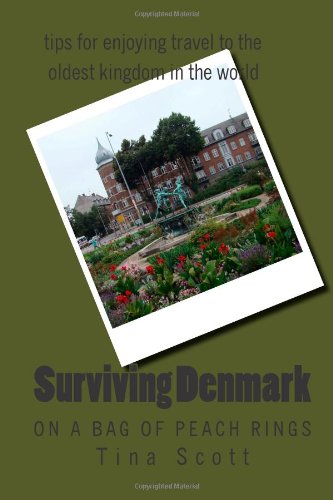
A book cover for Surviving Denmark on a bag of peach rings: and tips for enjoying travel to the oldest kingdom in the world; Mrs Tina Scott; Travel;